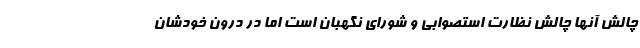
چالش آنها چالش نظارت استصوابی و شورای نگهبان است اما در درون خودشان